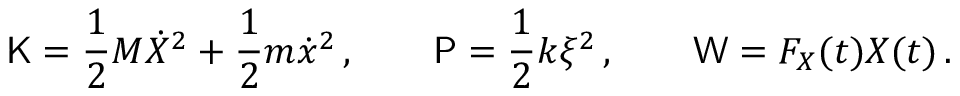
\mathsf { K } = \frac { 1 } { 2 } M \dot { X } ^ { 2 } + \frac { 1 } { 2 } m \dot { x } ^ { 2 } \, , \qquad \mathsf { P } = \frac { 1 } { 2 } k \xi ^ { 2 } \, , \qquad \mathsf { W } = F _ { X } ( t ) X ( t ) \, .